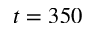
t = 3 5 0